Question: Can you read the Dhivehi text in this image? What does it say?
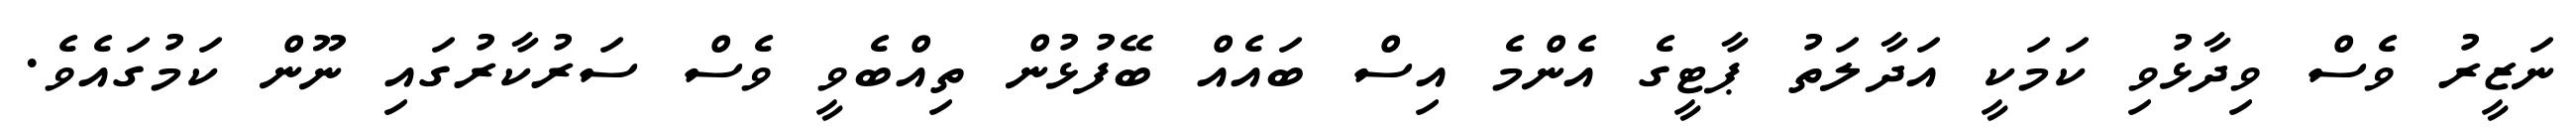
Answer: ނަޒީރު ވެސް ވިދާޅުވި ކަމަކީ އަދާލަތު ޕާޓީގެ އެންމެ އިސް ބައެއް ބޭފުޅުން ތިއްބެވީ ވެސް ސަރުކާރުގައި ނޫން ކަމުގައެވެ.